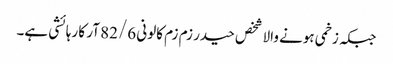
جبکہ زخمی ہونے والا شخص حیدر زم زم کالونی 82/6 آر کا رہائشی ہے۔